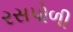
રસપોળી